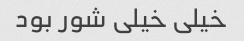
خیلی خیلی شور بود